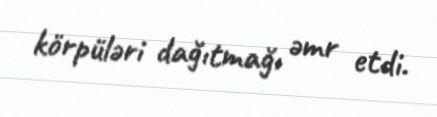
körpüləri dağıtmağı əmr etdi.